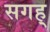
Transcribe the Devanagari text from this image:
सगह्